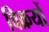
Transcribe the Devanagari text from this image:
विक्रयों